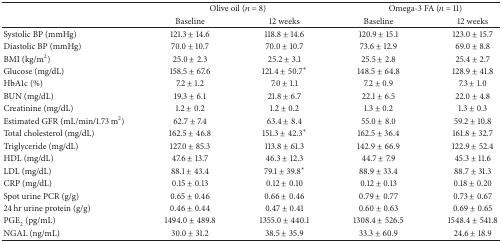
<table><thead><tr><td><b> </b></td><td colspan="2"><b>Olive oil (<i>n</i> = 8)</b></td><td colspan="2"><b>Omega-3 FA (<i>n</i> = 11)</b></td></tr><tr><td><b> </b></td><td><b>Baseline</b></td><td><b>12 weeks</b></td><td><b>Baseline</b></td><td><b>12 weeks</b></td></tr></thead><tbody><tr><td>Systolic BP (mmHg)</td><td>121.3 ± 14.6</td><td>118.8 ± 14.6</td><td>120.9 ± 15.1</td><td>123.0 ± 15.7</td></tr><tr><td>Diastolic BP (mmHg)</td><td>70.0 ± 10.7</td><td>70.0 ± 10.7</td><td>73.6 ± 12.9</td><td>69.0 ± 8.8</td></tr><tr><td>BMI (kg/m<sup>2</sup>)</td><td>25.0 ± 2.3</td><td>25.2 ± 3.1</td><td>25.5 ± 2.8</td><td>25.4 ± 2.7</td></tr><tr><td>Glucose (mg/dL)</td><td>158.5 ± 67.6</td><td>121.4 ± 50.7<sup>*</sup></td><td>148.5 ± 64.8</td><td>128.9 ± 41.8</td></tr><tr><td>HbA1c (%)</td><td>7.2 ± 1.2</td><td>7.0 ± 1.1</td><td>7.2 ± 0.9</td><td>7.3 ± 1.0</td></tr><tr><td>BUN (mg/dL)</td><td>19.3 ± 6.1</td><td>21.8 ± 6.7</td><td>22.1 ± 6.5</td><td>22.0 ± 4.8</td></tr><tr><td>Creatinine (mg/dL)</td><td>1.2 ± 0.2</td><td>1.2 ± 0.2</td><td>1.3 ± 0.2</td><td>1.3 ± 0.3</td></tr><tr><td>Estimated GFR (mL/min/1.73 m<sup>2</sup>)</td><td>62.7 ± 7.4</td><td>63.4 ± 8.4</td><td>55.0 ± 8.0</td><td>59.2 ± 10.8</td></tr><tr><td>Total cholesterol (mg/dL)</td><td>162.5 ± 46.8</td><td>151.3 ± 42.3<sup>*</sup></td><td>162.5 ± 36.4</td><td>161.8 ± 32.7</td></tr><tr><td>Triglyceride (mg/dL)</td><td>127.0 ± 85.3</td><td>113.8 ± 61.3</td><td>142.9 ± 66.9</td><td>122.9 ± 52.4</td></tr><tr><td>HDL (mg/dL)</td><td>47.6 ± 13.7</td><td>46.3 ± 12.3</td><td>44.7 ± 7.9</td><td>45.3 ± 11.6</td></tr><tr><td>LDL (mg/dL)</td><td>88.1 ± 43.4</td><td>79.1 ± 39.8<sup>*</sup></td><td>88.9 ± 33.4</td><td>88.7 ± 31.3</td></tr><tr><td>CRP (mg/dL)</td><td>0.15 ± 0.13</td><td>0.12 ± 0.10</td><td>0.12 ± 0.13</td><td>0.18 ± 0.20</td></tr><tr><td>Spot urine PCR (g/g)</td><td>0.65 ± 0.46</td><td>0.66 ± 0.46</td><td>0.79 ± 0.77</td><td>0.73 ± 0.67</td></tr><tr><td>24 hr urine protein (g/g)</td><td>0.46 ± 0.44</td><td>0.47 ± 0.41</td><td>0.60 ± 0.63</td><td>0.69 ± 0.65</td></tr><tr><td>PGE<sub>2</sub> (pg/mL)</td><td>1494.0 ± 489.8</td><td>1355.0 ± 440.1</td><td>1308.4 ± 526.5</td><td>1548.4 ± 541.8</td></tr><tr><td>NGAL (ng/mL)</td><td>30.0 ± 31.2</td><td>38.5 ± 35.9</td><td>33.3 ± 60.9</td><td>24.6 ± 18.9</td></tr></tbody></table>